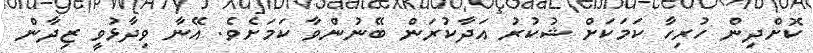
ކޮށްދިން ހުރިހާ ކަމަކަށް ޝުކުރު އަދާކުރަން ބޭނުންވާ ކަމަށެވެ. އޭނާ ވިދާޅުވީ ޒިދާން